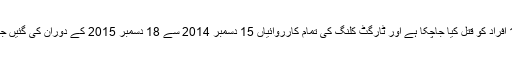
ذرائع کا مزید کہنا تھا کہ اورنگی ٹاون میں انہی ہتھیاروں سے پہلے بھی 14 افراد کو قتل کیا جاچکا ہے اور ٹارگٹ کلنگ کی تمام کارروائیاں 15 دسمبر 2014 سے 18 دسمبر 2015 کے دوران کی گئیں جبکہ یہ تمام وارداتیں پاکستان بازار، اقبال مارکیٹ تھانے کی حدود میں ہوئیں۔